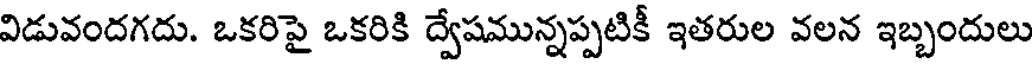
విడువందగదు. ఒకరిపై ఒకరికి ద్వేషమున్నప్పటికీ ఇతరుల వలన ఇబ్బందులు